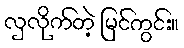
လှလိုက်တဲ့ မြင်ကွင်း။